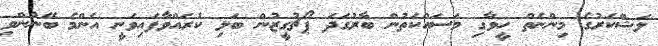
ލަޝްކަރުގެ މިންނެތް ހީވާގި މަސައްކަތުން ބާރުގަދަ ޕޯޗުގީޒުން ބަލި ކުރައްވާފައިވަނީ އެންމެ ބޭނުންވި